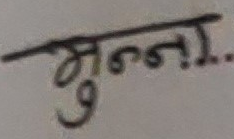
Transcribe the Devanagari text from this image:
मुन्ना...